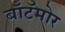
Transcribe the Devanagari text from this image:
बॉटॅमोर